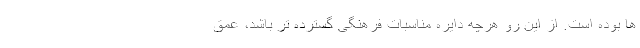
ها بوده است. از این رو هرچه دایره مناسبات فرهنگی گسترده تر باشد، عمق